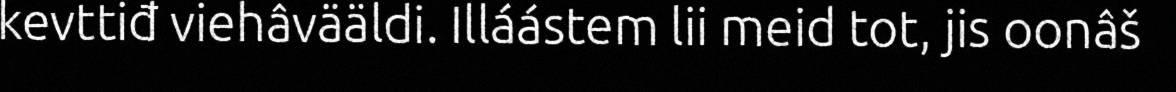
kevttiđ viehâvääldi. Illáástem lii meid tot, jis oonâš